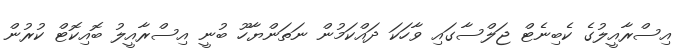
އިސްރާއީލުގެ ކެބިނެޓް ޖަލްސާގައި ވާހަކަ ދައްކަމުން ނަތަންޔާހޫ ބުނީ އިސްރާއީލު ބޮއިކޮޓް ކުރުން